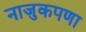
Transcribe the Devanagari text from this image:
नाजुकपणा